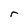
Character: r